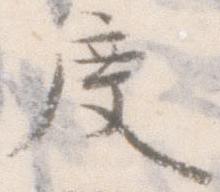
度